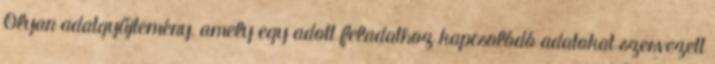
Olyan adatgyűjtemény, amely egy adott feladathoz kapcsolódó adatokat szervezett